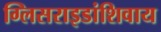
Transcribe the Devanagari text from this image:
ग्लिसराइडांशिवाय